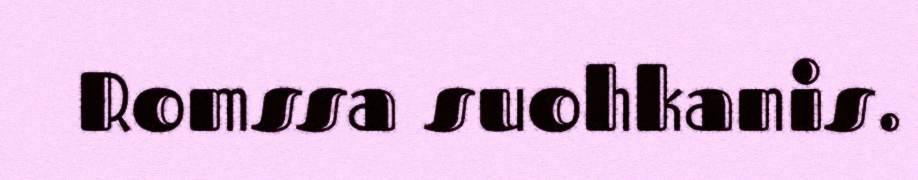
Romssa suohkanis.